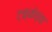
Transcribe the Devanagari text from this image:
टक्केच्या